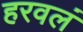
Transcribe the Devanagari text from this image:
हरवलं